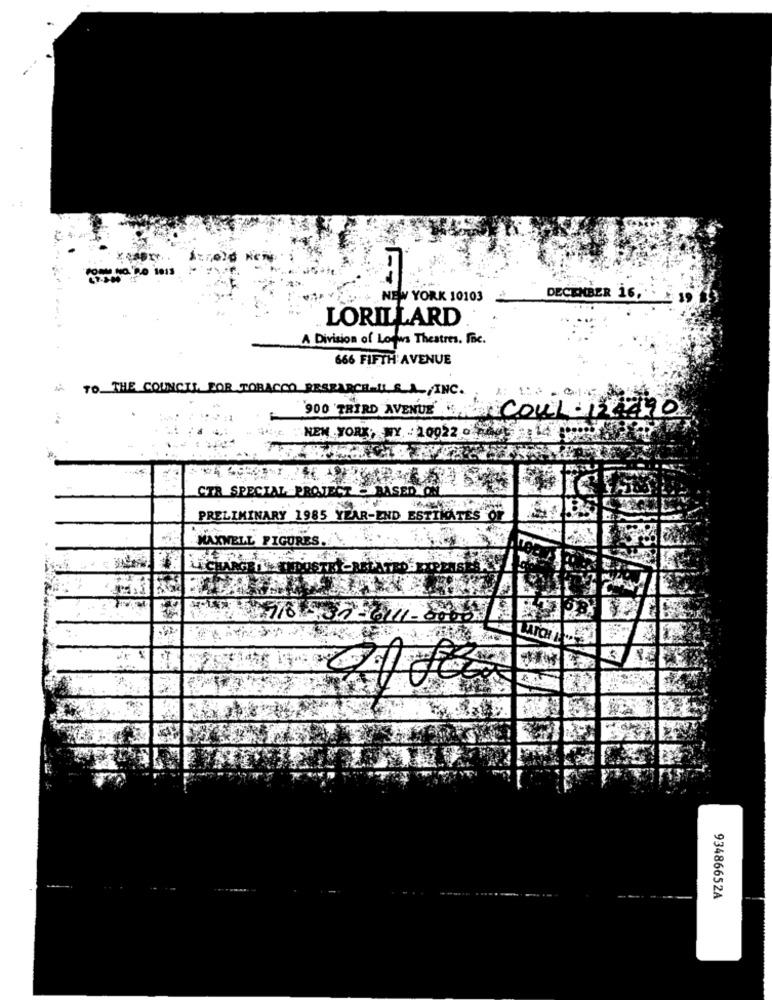
DECEMBER 16,
NEW YORK 10103
LORILLARD
A Division of Loews Theatres. Frc.
666 FIFTH AVENUE
TO THE COUNCIL FOR TOBACCO RESEARCH-IL SA,INC.
900 THIRD AVENUE "
COUL-134490
LE NEW YORK, NY - 10022 0 Hdet 14 Box
CTR SPECIAL PROJECT
PRELIMINARY 1985 YEAR-END ESTIMATES OF
MAXWELL FIGUR
93486652A